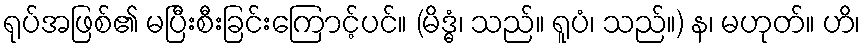
ရုပ်အဖြစ်၏ မပြီးစီးခြင်းကြောင့်ပင်။ (မိဒ္ဓံ၊ သည်။ ရူပံ၊ သည်။) န၊ မဟုတ်။ ဟိ၊